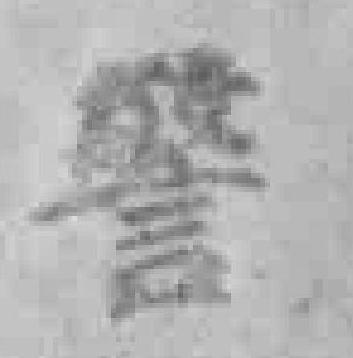
警